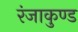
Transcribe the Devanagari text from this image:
रंजाकुण्ड